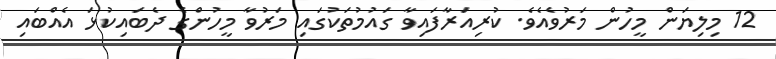
12 މިލިޔަން މީހުން މަރުވެއެވެ. ކުރިއަރާފައިވާ ގައުމުތަކުގައި މަރުވާ މީހުންގެ ދެބައިކުޅަ އެއްބައި